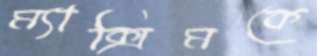
ম্যাক্সিমকে